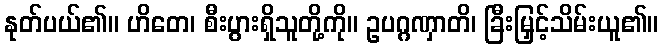
နုတ်ပယ်၏။ ဟိတေ၊ စီးပွားရှိသူတို့ကို။ ဥပဂ္ဂဏှာတိ၊ ခြီးမြှင့်သိမ်းယူ၏။